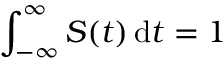
\int _ { - \infty } ^ { \infty } S ( t ) \, \mathrm { d } t = 1